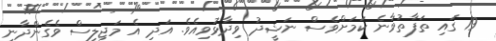
19 ގައި ތަފާތުވާނެ ކަމަށްވެސް ނަޝީދު ވިދާޅުވިއެވެ. އަދި އެ މަޖިލިސް ވެގެންދާނީ